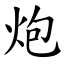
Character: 炮